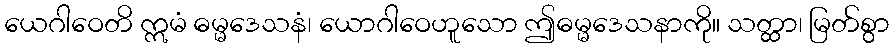
ယေဂါဝေတိ ဣမံ ဓမ္မဒေသနံ၊ ယောဂါဝေဟူသော ဤဓမ္မဒေသနာကို။ သတ္ထာ၊ မြတ်စွာ